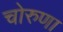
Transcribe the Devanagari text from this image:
चोरुणा